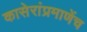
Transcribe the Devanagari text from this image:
कासेरांप्रमाणेंच